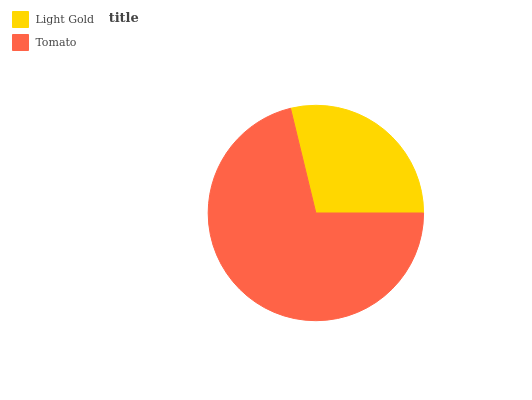
| Light Gold | Tomato |
 | --- | --- |
 | 28.8% | 71.2% |